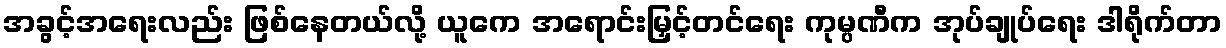
အခွင့်အရေးလည်း ဖြစ်နေတယ်လို့ ယူကေ အရောင်းမြှင့်တင်ရေး ကုမ္ပဏီက အုပ်ချုပ်ရေး ဒါရိုက်တာ